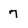
Character: 7